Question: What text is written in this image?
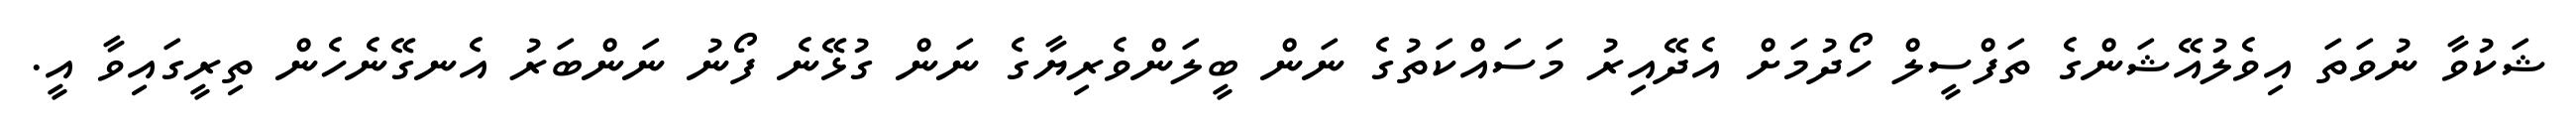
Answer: ޝަކުވާ ނުވަތަ އިވެލުއޭޝަންގެ ތަފްސީލް ހޯދުމަށް އެދޭއިރު މަސައްކަތުގެ ނަން ބީލަންވެރިޔާގެ ނަން ގުޅޭނެ ފޯނު ނަންބަރު އެނގޭނެހެން ތިރީގައިވާ އީ.